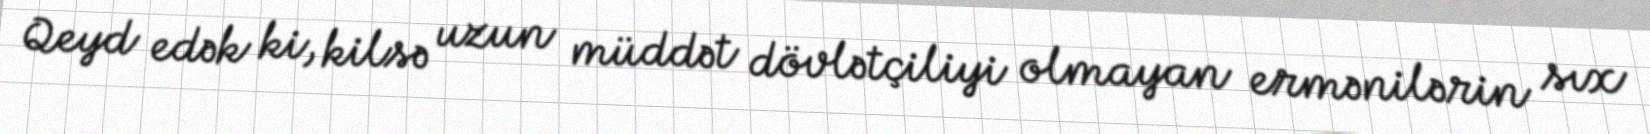
Qeyd edək ki, kilsə uzun müddət dövlətçiliyi olmayan ermənilərin sıx